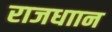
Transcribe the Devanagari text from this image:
राजधाान